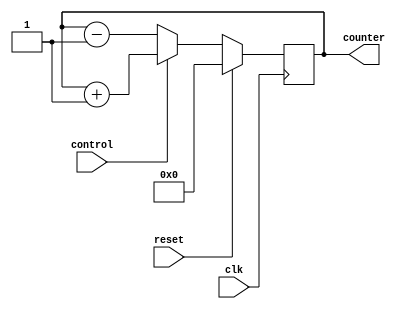
module UpDownCounter (
    input wire clk,          // Clock input
    input wire reset,        // Reset signal
    input wire control,      // Up/Down control signal
    output reg [7:0] counter // 8-bit counter output
);

reg [7:0] initial_value = 8'h00; // Initial value of the counter

always @(posedge clk) begin
    if (reset)
        counter <= initial_value;
    else begin
        if (control)
            counter <= counter + 1; // Increment counter
        else
            counter <= counter - 1; // Decrement counter
    end
end

endmodule